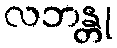
လဘန္တု